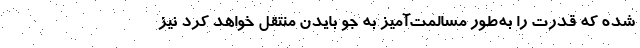
شده که قدرت را به‌طور مسالمت‌آمیز به جو بایدن منتقل خواهد کرد نیز